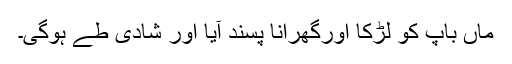
ماں باپ کو لڑکا اورگھرانا پسند آیا اور شادی طے ہوگی۔